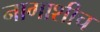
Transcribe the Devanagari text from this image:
नागाशीच